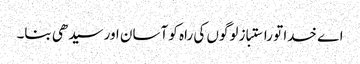
اے خدا تو راستباز لوگوں کی راہ کو آسان اور سیدھی بنا۔